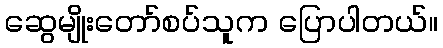
ဆွေမျိုးတော်စပ်သူက ပြောပါတယ်။